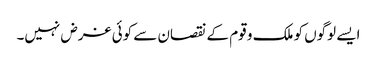
ایسے لوگوں کو ملک و قوم کے نقصان سے کوئی غرض نہیں۔